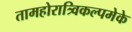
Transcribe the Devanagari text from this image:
तामहोरात्र्विकल्पमेके